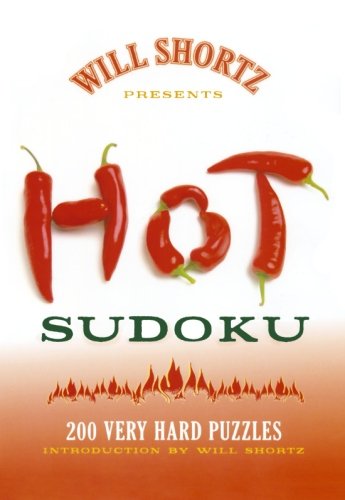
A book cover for Will Shortz Presents Hot Sudoku: 200 Very Hard Puzzles; Humor & Entertainment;